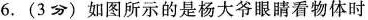
6. (3分) 如图所示的是杨大爷眼睛看物体时